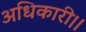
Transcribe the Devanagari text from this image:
अधिकारी।।